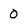
Character: 0